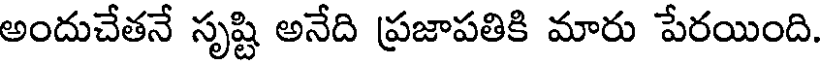
అందుచేతనే సృష్టి అనేది ప్రజాపతికి మారు పేరయింది.